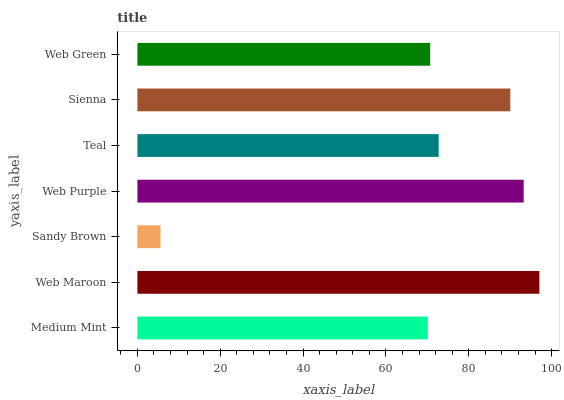
| yaxis_label | bars |
 | --- | --- |
 | Medium Mint | 70.1 |
 | Web Maroon | 97 |
 | Sandy Brown | 5.58 |
 | Web Purple | 93.2 |
 | Teal | 72.7 |
 | Sienna | 90 |
 | Web Green | 70.7 |